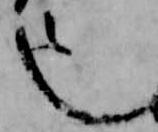
也